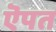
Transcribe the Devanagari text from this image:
ऎपत